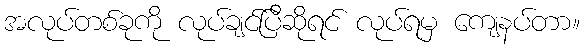
အလုပ်တစ်ခုကို လုပ်ချင်ပြီဆိုရင် လုပ်ရမှ ကျေနပ်တာ။